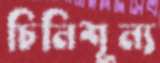
চিনিশূন্য